Report on the bubonic plague in Bombay, 1896-1897
Year: 1896
Disease focus: Plague
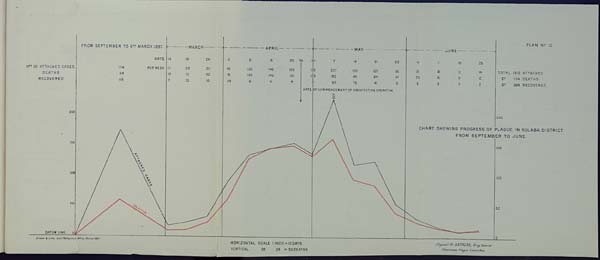
PLAN No. 10
CHART SHEWING PROGRESS OF PLAGUE IN KOLABA DISTRICT
FROM SEPTEMBER TO JUNE
Drawn & Litho: Govt. Photozinco: Office, Poona 1897
HORIZONTAL SCALE 1 INCH = 10 DAYS
VERTICAL Do. Do. = 50 DEATHS
(Signed) W. GATACRE, Brig. General
Chairman, Plague Committee.